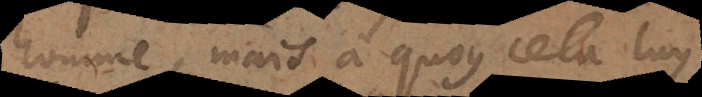
homme, mais à quoy cela luy